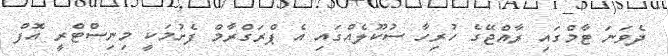
ދެވަނަ ޓާމްގައި ރާއްޖޭގެ ހުރިހާ ސުކޫލެއްގައި އެ ޕްރަގްރާމް ފެށުމަކީ މިނިސްޓްރީ އޮފް